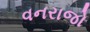
વનરાજો